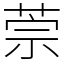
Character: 萗